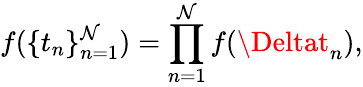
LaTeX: f(\{ t_{n}\} _{n=1}^{\mathcal{N}})=\prod_{n=1}^{\mathcal{N}}f(\Deltat_{n}),